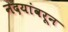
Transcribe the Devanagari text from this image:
नदयांवरून